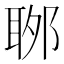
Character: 𦕬